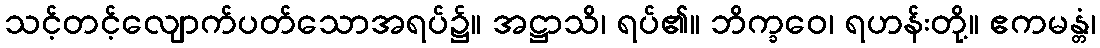
သင့်တင့်လျောက်ပတ်သောအရပ်၌။ အဋ္ဌာသိ၊ ရပ်၏။ ဘိက္ခဝေ၊ ရဟန်းတို့။ ဧကမန္တံ၊